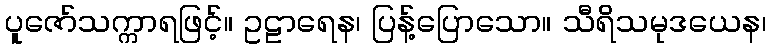
ပူဇော်သက္ကာရဖြင့်။ ဥဠာရေန၊ ပြန့်ပြောသော။ သီရိသမုဒယေန၊